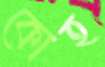
কোহ